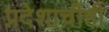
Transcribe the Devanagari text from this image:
प्रदेशाचीही